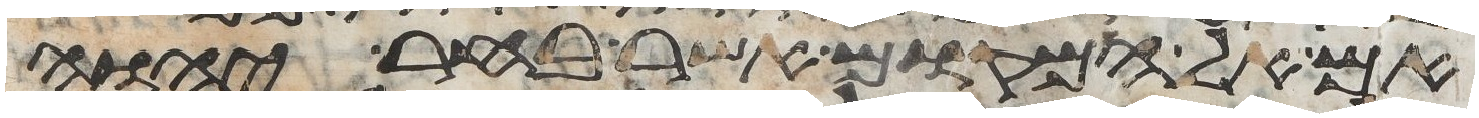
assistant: אם אל המקום אשר בחר יהוה